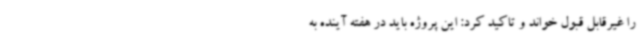
را غیرقابل قبول خواند و تاکید کرد: این پروژه باید در هفته آینده به